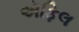
ઍફિલ